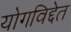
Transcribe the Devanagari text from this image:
योगविद्देत